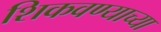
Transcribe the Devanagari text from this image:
शिकवण्याच्या